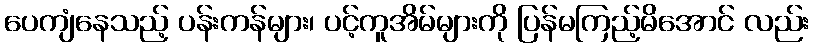
ပေကျံနေသည့် ပန်းကန်များ၊ ပင့်ကူအိမ်များကို ပြန်မကြည့်မိအောင် လည်း